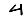
Digit: 4